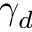
\gamma _ { d }